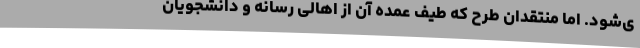
ی‌شود. اما منتقدان طرح که طیف عمده‌ آن از اهالی رسانه و دانشجویان